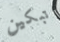
تبكين